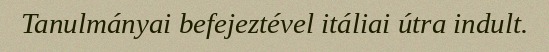
Tanulmányai befejeztével itáliai útra indult.